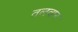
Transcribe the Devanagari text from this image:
तलवान